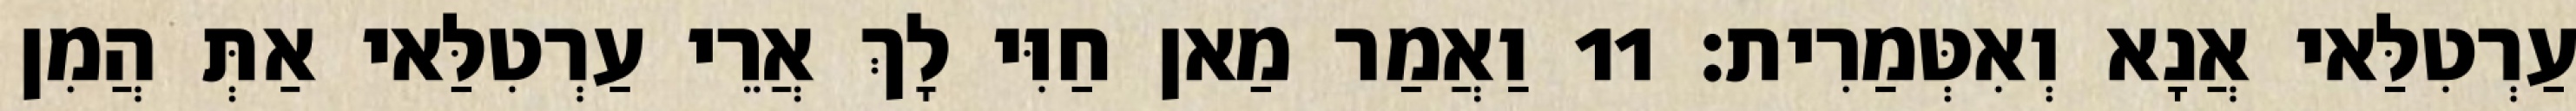
עַרְטִלַּאי אֲנָא וְאִטְּמַרִית׃ 11 וַאֲמַר מַאן חַוִּי לָךְ אֲרֵי עַרְטִלַּאי אַתְּ הֲמִן